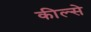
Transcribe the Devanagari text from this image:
कील्से